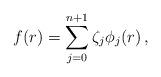
LaTeX: \begin{align*}f(r)=\sum_{j=0}^{n+1}\zeta_j\phi_j(r)\, ,\end{align*}